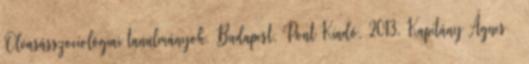
Olvasásszociológiai tanulmányok. Budapest, Pont Kiadó, 2013. Kapitány Ágnes –